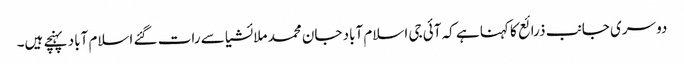
دوسری جانب ذرائع کا کہنا ہے کہ آئی جی اسلام آباد جان محمد ملائشیا سے رات گئے اسلام آباد پہنچے ہیں۔